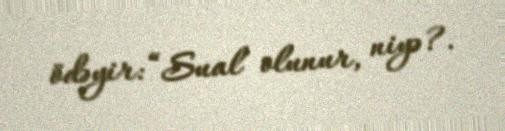
ödəyir: “Sual olunur, niyə?.